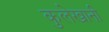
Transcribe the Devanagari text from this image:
कुलेखानी